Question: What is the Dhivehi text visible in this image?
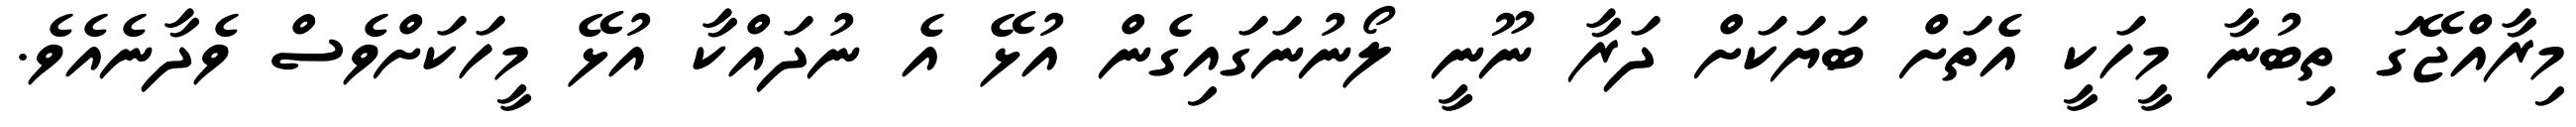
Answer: މިރާއްޖޭގަ ތިބުނާ މީހަކީ އެތަށް ބަޔަކަށް ދަރާ ނޫނީ ލޯނުނަގައިގެން އުޅޭ އެ ނުދައްކާ އުޅޭ މީހަކަށްވެސް ވެދާނެއެވެ.